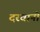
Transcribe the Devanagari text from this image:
दरवानी